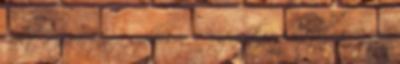
Kelt a nyíradonyi főszálláson. Augusztus hó 1-jén 1849. A